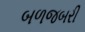
બળજબરી